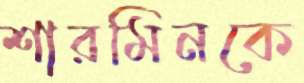
শারমিনকে